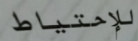
للإحتياط